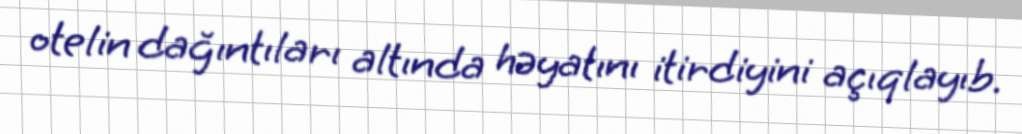
otelin dağıntıları altında həyatını itirdiyini açıqlayıb.